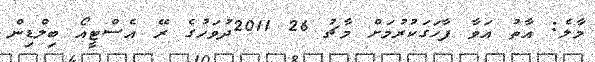
މާލެ: އާތު އަވާ ފާހަގަކުރުމަށް މާޗު 26 2011ދުވަހުގެ ރޭ އެސްޓީއޯ ބިލްޑިން